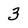
Character: 3